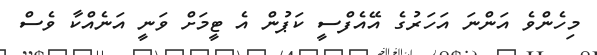
މިހެންވެ އަންނަ އަހަރުގެ އޭއެފްސީ ކަޕުން އެ ޓީމަށް ވަނީ އަނެއްކާ ވެސް